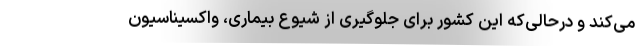
می‌کند و درحالی‌که این کشور برای جلوگیری از شیوع بیماری، واکسیناسیون